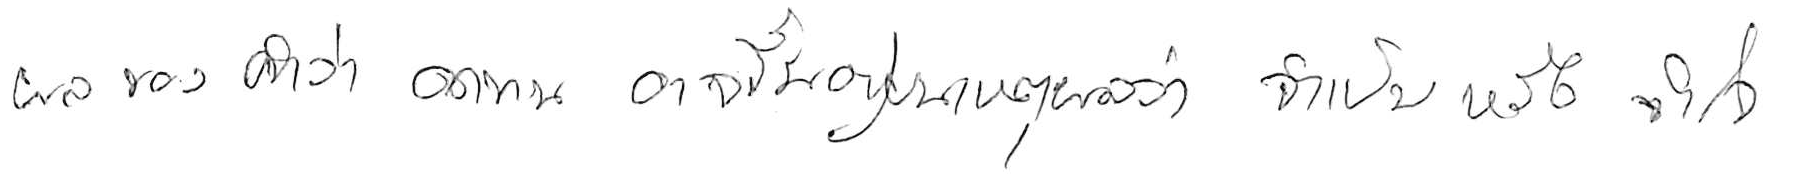
ผลของคำว่า อดทน อาจขึ้นอยู่บนเหตุผลว่า จำเป็น หรือ จำใจ